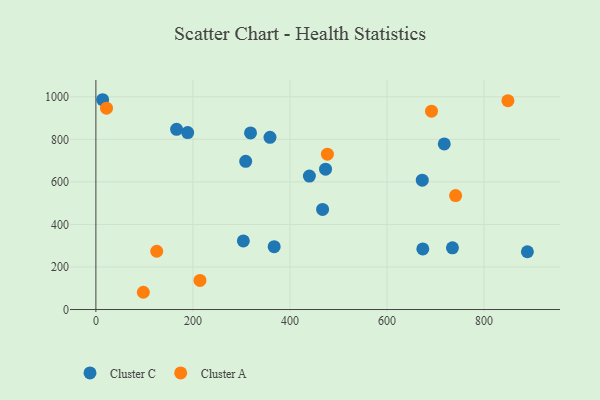
{"axis": {"x": "Experience", "y": "Rating"}, "legend": ["Cluster A", "Cluster C"], "data": [{"x": "308.7", "y": 696.4, "type": "Cluster C"}, {"x": "189.2", "y": 831.6, "type": "Cluster C"}, {"x": "440.0", "y": 627.4, "type": "Cluster C"}, {"x": "889.2", "y": 271.6, "type": "Cluster C"}, {"x": "367.4", "y": 295.6, "type": "Cluster C"}, {"x": "734.8", "y": 289.8, "type": "Cluster C"}, {"x": "318.7", "y": 830.1, "type": "Cluster C"}, {"x": "13.9", "y": 986.0, "type": "Cluster C"}, {"x": "717.9", "y": 778.2, "type": "Cluster C"}, {"x": "358.8", "y": 809.2, "type": "Cluster C"}, {"x": "673.7", "y": 284.8, "type": "Cluster C"}, {"x": "467.2", "y": 470.3, "type": "Cluster C"}, {"x": "672.6", "y": 608.0, "type": "Cluster C"}, {"x": "166.3", "y": 846.8, "type": "Cluster C"}, {"x": "303.9", "y": 322.2, "type": "Cluster C"}, {"x": "473.3", "y": 659.8, "type": "Cluster C"}, {"x": "477.1", "y": 729.9, "type": "Cluster A"}, {"x": "214.5", "y": 136.7, "type": "Cluster A"}, {"x": "741.3", "y": 535.5, "type": "Cluster A"}, {"x": "21.9", "y": 946.1, "type": "Cluster A"}, {"x": "691.6", "y": 932.2, "type": "Cluster A"}, {"x": "849.1", "y": 981.4, "type": "Cluster A"}, {"x": "97.8", "y": 81.1, "type": "Cluster A"}, {"x": "125.4", "y": 273.8, "type": "Cluster A"}]}